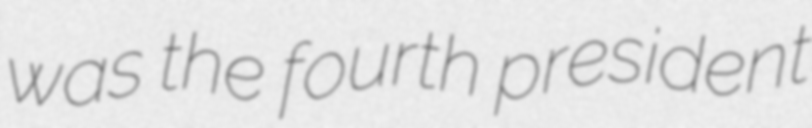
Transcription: was the fourth president